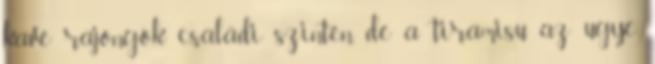
kavé rajongók családi szinten, de a tiramisu az ugye